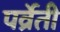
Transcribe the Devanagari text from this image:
पर्व्रेती